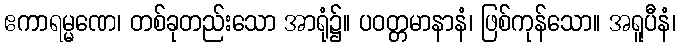
ဧကာရမ္မဏေ၊ တစ်ခုတည်းသော အာရုံ၌။ ပဝတ္တမာနာနံ၊ ဖြစ်ကုန်သော။ အရူပီနံ၊